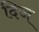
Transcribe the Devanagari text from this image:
दिज